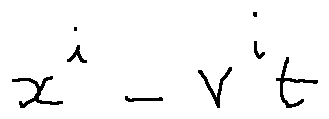
x ^ { i } - v ^ { i } t